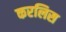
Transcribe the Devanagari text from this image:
करलिस